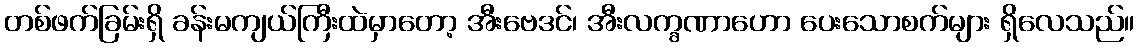
တစ်ဖက်ခြမ်းရှိ ခန်းမကျယ်ကြီးထဲမှာတော့ အီးဗေဒင်၊ အီးလက္ခဏာဟော ပေးသောစက်များ ရှိလေသည်။